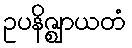
ဥပနိဇ္ဈာယတံ